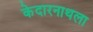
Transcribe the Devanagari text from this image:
केदारनाथला